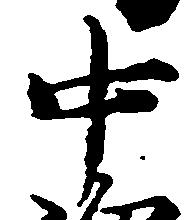
中